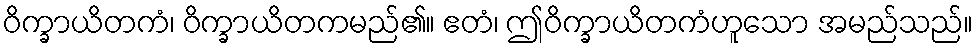
ဝိက္ခာယိတကံ၊ ဝိက္ခာယိတကမည်၏။ ဧတံ၊ ဤဝိက္ခာယိတကံဟူသော အမည်သည်။